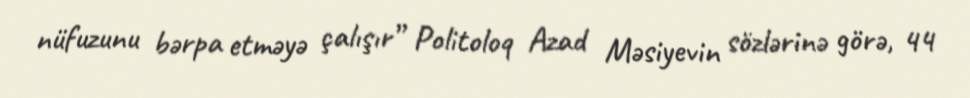
nüfuzunu bərpa etməyə çalışır” Politoloq Azad Məsiyevin sözlərinə görə, 44